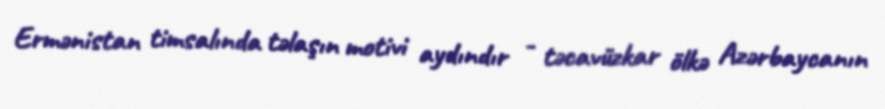
Ermənistan timsalında təlaşın motivi aydındır - təcavüzkar ölkə Azərbaycanın